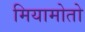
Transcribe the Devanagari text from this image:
मियामोतो